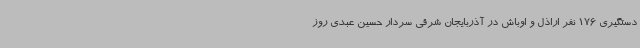
دستگیری 176 نفر اراذل و اوباش در آذربایجان شرقی سردار حسین عبدی روز